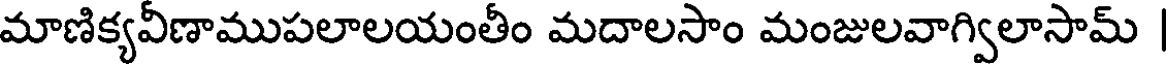
మాణిక్యవీణాముపలాలయంతీం మదాలసాం మంజులవాగ్విలాసామ్